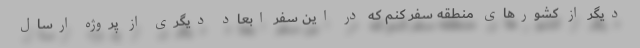
دیگر از کشورهای منطقه سفر کنم که در این سفر ابعاد دیگری از پروژه ارسال